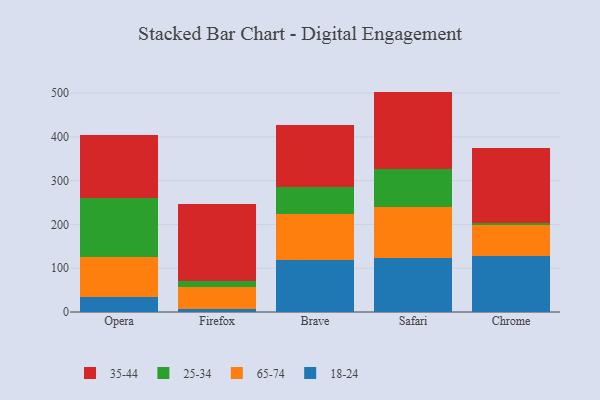
{"axis": {"x": "Browser", "y": "Revenue (USD Million)"}, "legend": ["18-24", "25-34", "35-44", "65-74"], "data": [{"x": "Opera", "y": 34.0, "type": "18-24"}, {"x": "Opera", "y": 91.1, "type": "65-74"}, {"x": "Opera", "y": 134.2, "type": "25-34"}, {"x": "Opera", "y": 144.4, "type": "35-44"}, {"x": "Firefox", "y": 6.9, "type": "18-24"}, {"x": "Firefox", "y": 51.1, "type": "65-74"}, {"x": "Firefox", "y": 12.3, "type": "25-34"}, {"x": "Firefox", "y": 177.4, "type": "35-44"}, {"x": "Brave", "y": 118.8, "type": "18-24"}, {"x": "Brave", "y": 104.1, "type": "65-74"}, {"x": "Brave", "y": 61.8, "type": "25-34"}, {"x": "Brave", "y": 142.3, "type": "35-44"}, {"x": "Safari", "y": 123.4, "type": "18-24"}, {"x": "Safari", "y": 116.0, "type": "65-74"}, {"x": "Safari", "y": 86.5, "type": "25-34"}, {"x": "Safari", "y": 177.4, "type": "35-44"}, {"x": "Chrome", "y": 128.1, "type": "18-24"}, {"x": "Chrome", "y": 69.5, "type": "65-74"}, {"x": "Chrome", "y": 6.7, "type": "25-34"}, {"x": "Chrome", "y": 171.0, "type": "35-44"}]}